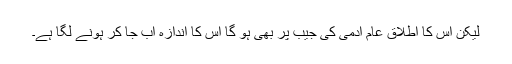
لیکن اس کا اطلاق عام آدمی کی جیب پر بھی ہو گا اس کا اندازہ اب جا کر ہونے لگا ہے۔